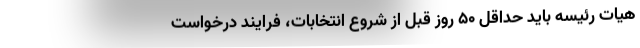
هیات رئیسه باید حداقل ۵۰ روز قبل از شروع انتخابات، فرایند درخواست